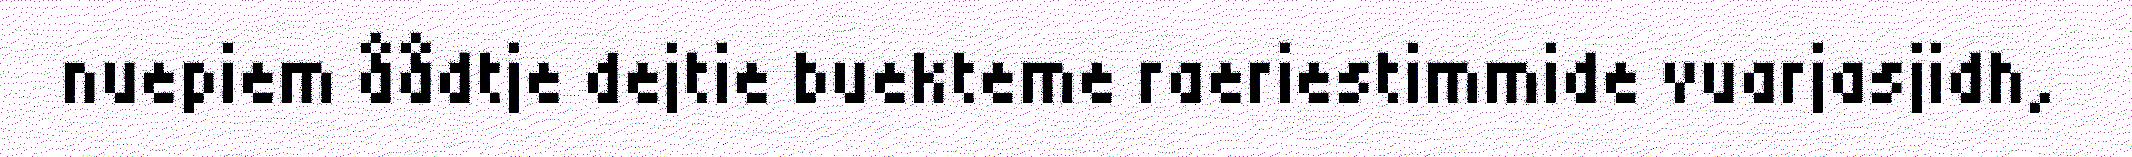
nuepiem åådtje dejtie buekteme raeriestimmide vuarjasjidh,